Indian journal of veterinary science and animal husbandry - Volumes 24-25, 1954-1955
Year: 1954
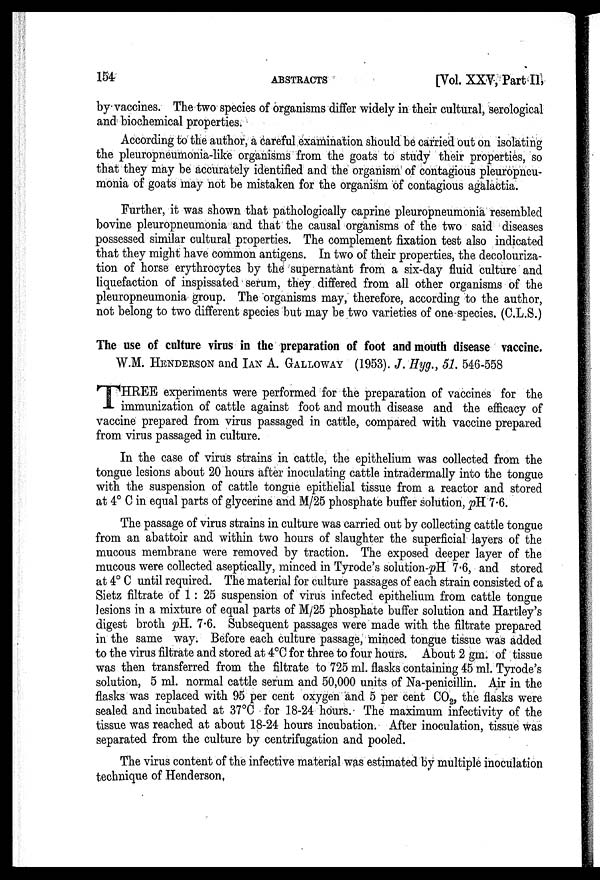
154
ABSTRACTS
[Vol. XXV, Part II,
by vaccines. The two species of organisms differ widely in their cultural, serological
and biochemical properties.
According to the author, a careful examination should be carried out on isolating
the pleuropneumonia-like organisms from the goats to study their properties, so
that they may be accurately identified and the organism of contagious pleuropneu-
monia of goats may not be mistaken for the organism of contagious agalactia.
Further, it was shown that pathologically caprine pleuropneumonia resembled
bovine pleuropneumonia and that the causal organisms of the two said diseases
possessed similar cultural properties. The complement fixation test also indicated
that they might have common antigens. In two of their properties, the decolouriza-
tion of horse erythrocytes by the supernatant from a six-day fluid culture and
liquefaction of inspissated serum, they differed from all other organisms of the
pleuropneumonia group. The organisms may, therefore, according to the author,
not belong to two different species but may be two varieties of one-species. (C.L.S.)
The use of culture virus in the preparation of foot and mouth disease vaccine.
W.M. HENDERSON and IAN A. GALLOWAY (1953). J. Hyg., 51. 546-558
T HREE experiments were performed for the preparation of vaccines for the
immunization of cattle against foot and mouth disease and the efficacy of
vaccine prepared from virus passaged in cattle, compared with vaccine prepared
from virus passaged in culture.
In the case of virus strains in cattle, the epithelium was collected from the
tongue lesions about 20 hours after inoculating cattle intradermally into the tongue
with the suspension of cattle tongue epithelial tissue from a reactor and stored
at 4° C in equal parts of glycerine and M/25 phosphate buffer solution, pH 7.6.
The passage of virus strains in culture was carried out by collecting cattle tongue
from an abattoir and within two hours of slaughter the superficial layers of the
mucous membrane were removed by traction. The exposed deeper layer of the
mucous were collected aseptically, minced in Tyrode's solution-pH 7.6, and stored
at 4° C until required. The material for culture passages of each strain consisted of a
Sietz filtrate of 1 : 25 suspension of virus infected epithelium from cattle tongue
lesions in a mixture of equal parts of M/25 phosphate buffer solution and Hartley's
digest broth pH. 7.6. Subsequent passages were made with the filtrate prepared
in the same way. Before each culture passage, minced tongue tissue was added
to the virus filtrate and stored at 4°C for three to four hours. About 2 gm. of tissue
was then transferred from the filtrate to 725 ml. flasks containing 45 ml. Tyrode's
solution, 5 ml. normal cattle serum and 50,000 units of Na-penicillin. Air in the
flasks was replaced with 95 per cent oxygen and 5 per cent CO 2 , the flasks were
sealed and incubated at 37°C for 18-24 hours. The maximum infectivity of the
tissue was reached at about 18-24 hours incubation. After inoculation, tissue was
separated from the culture by centrifugation and pooled.
The virus content of the infective material was estimated by multiple inoculation
technique of Henderson,